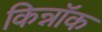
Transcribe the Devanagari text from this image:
किन्नॉक